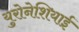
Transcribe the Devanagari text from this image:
युरोनेशियाई